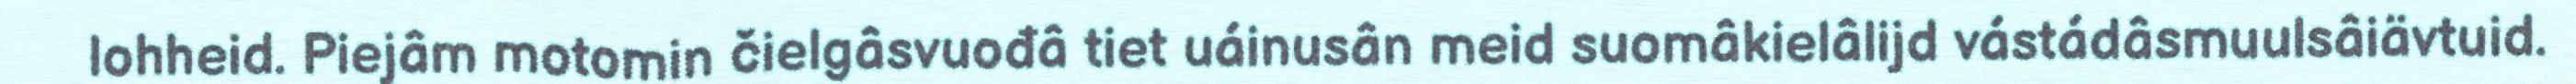
lohheid. Piejâm motomin čielgâsvuođâ tiet uáinusân meid suomâkielâlijd vástádâsmuulsâiävtuid.